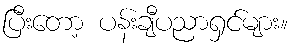
ပြီးတော့ ပန်းချီပညာရှင်များ။